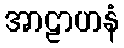
အာဠာဟနံ